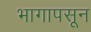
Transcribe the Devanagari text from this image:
भागापसून